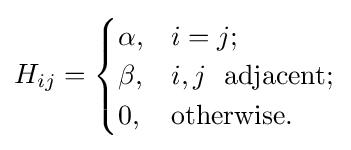
H_{ij}={\begin{cases}\alpha ,&i=j;\\\beta ,&i,j\ \ {\text{adjacent}};\\0,&{\text{otherwise}}.\end{cases}}